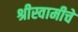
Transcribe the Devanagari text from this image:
श्रीस्वामीचे